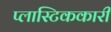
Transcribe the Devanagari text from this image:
प्लास्टिककारी